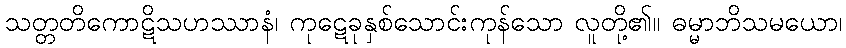
သတ္တတိကောဋိသဟဿာနံ၊ ကုဋေခုနှစ်သောင်းကုန်သော လူတို့၏။ ဓမ္မာဘိသမယော၊